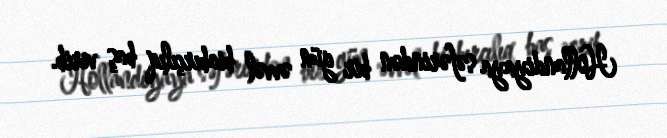
Hollandiyaya səfərindən bir gün əvvəl biabırçılıq baş verib.